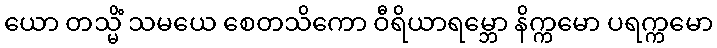
ယော တသ္မိံ သမယေ စေတသိကော ဝီရိယာရမ္ဘော နိက္ကမော ပရက္ကမော